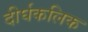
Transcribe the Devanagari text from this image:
दीर्घकलिक